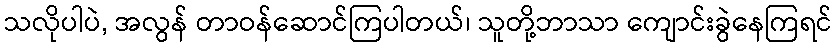
သလိုပါပဲ, အလွန် တာဝန်ဆောင်ကြပါတယ်၊ သူတို့ဘာသာ ကျောင်းခွဲနေကြရင်